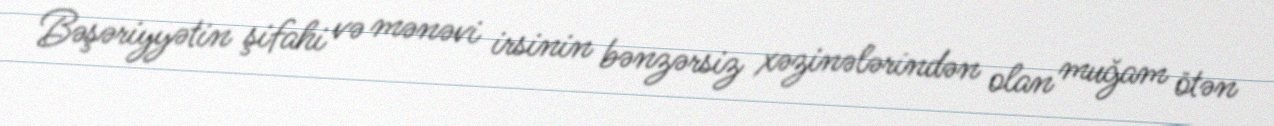
Bəşəriyyətin şifahi və mənəvi irsinin bənzərsiz xəzinələrindən olan muğam ötən